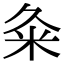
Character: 粂